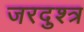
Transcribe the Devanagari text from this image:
जरदुश्त्र